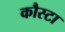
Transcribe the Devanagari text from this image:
कौस्टा